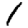
Digit: 1